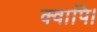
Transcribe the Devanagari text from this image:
क्वापि।